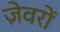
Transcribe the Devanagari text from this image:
जे़वरों